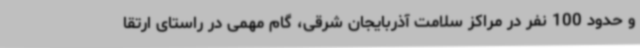
و حدود 100 نفر در مراکز سلامت آذربایجان شرقی، گام مهمی در راستای ارتقا